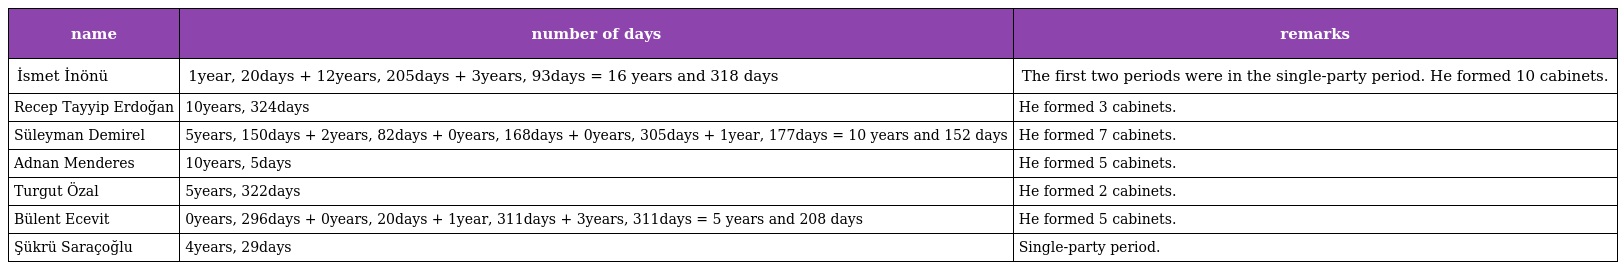
| name | number of days | remarks |
 | --- | --- | --- |
 | İsmet İnönü | 1year, 20days + 12years, 205days + 3years, 93days = 16 years and 318 days | The first two periods were in the single-party period. He formed 10 cabinets. |
 | Recep Tayyip Erdoğan | 10years, 324days | He formed 3 cabinets. |
 | Süleyman Demirel | 5years, 150days + 2years, 82days + 0years, 168days + 0years, 305days + 1year, 177days = 10 years and 152 days | He formed 7 cabinets. |
 | Adnan Menderes | 10years, 5days | He formed 5 cabinets. |
 | Turgut Özal | 5years, 322days | He formed 2 cabinets. |
 | Bülent Ecevit | 0years, 296days + 0years, 20days + 1year, 311days + 3years, 311days = 5 years and 208 days | He formed 5 cabinets. |
 | Şükrü Saraçoğlu | 4years, 29days | Single-party period. |